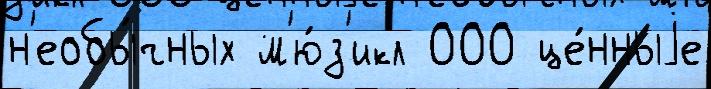
н'еобы́чных м'ю́з'икл 000 це́нныjе